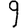
Digit: 9